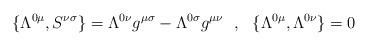
LaTeX: \begin{align*}\{\Lambda^{0\mu},S^{\nu\sigma}\}=\Lambda ^{0\nu}g^{\mu\sigma}-\Lambda^{0\sigma}g^{\mu\nu}~~,~~\{\Lambda^{0\mu},\Lambda ^{0\nu}\}=0\end{align*}